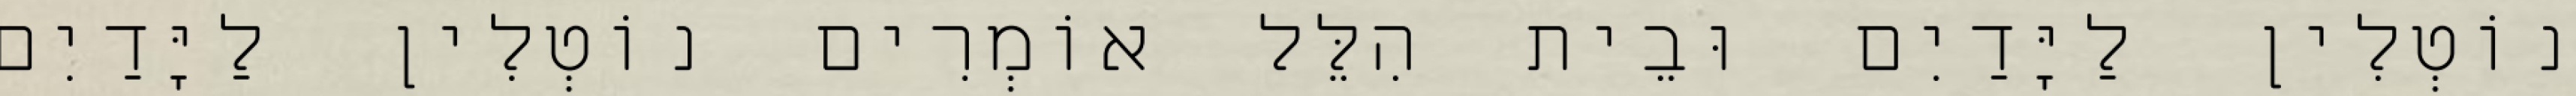
נוֹטְלִין לַיָּדַיִם וּבֵית הִלֵּל אוֹמְרִים נוֹטְלִין לַיָּדַיִם